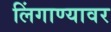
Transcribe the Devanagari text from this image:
लिंगाण्यावर